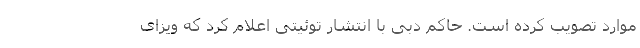
موارد تصویب کرده است. حاکم دبی با انتشار توئیتی اعلام کرد که ویزای